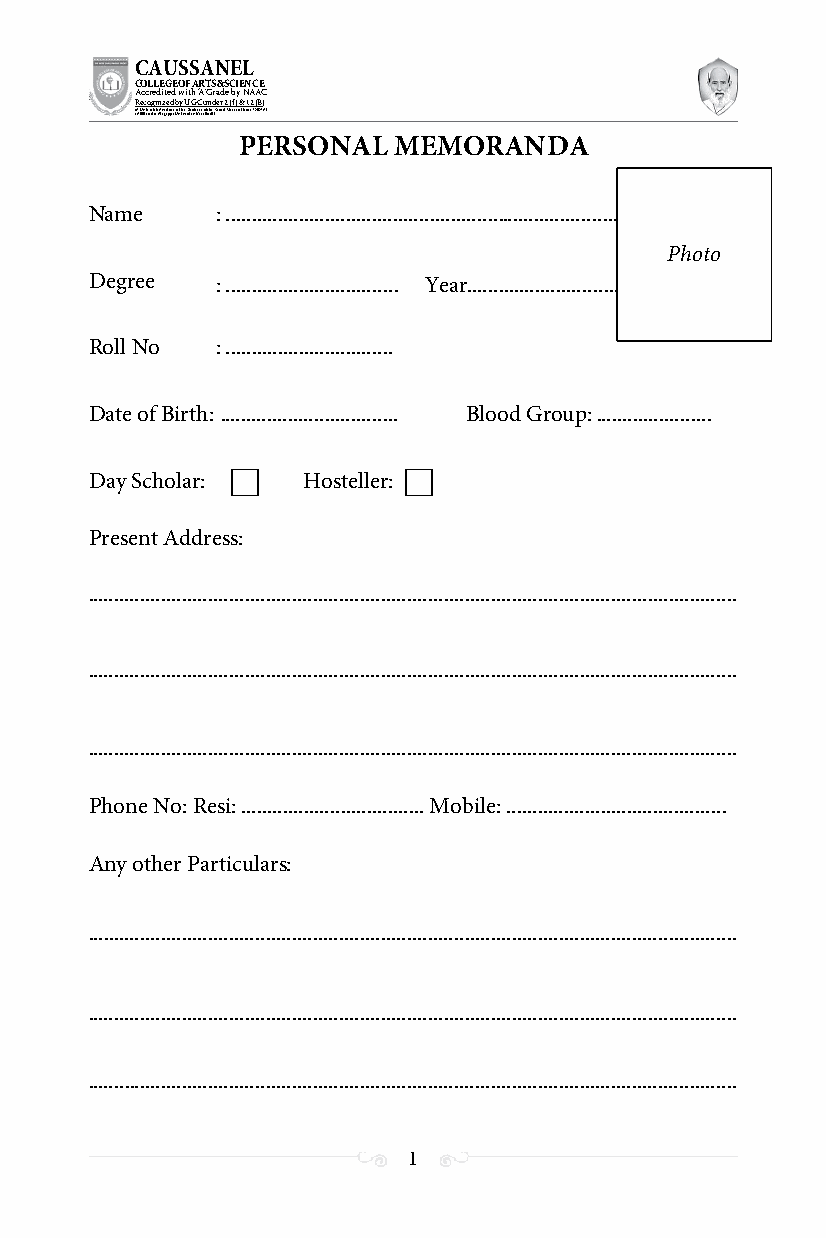
CAUSSANEL
 COLLEGE OF ARTS & SCIENCE
 Accredited with ‘A’ Grade by NAAC
 Recognized by UGC under 2 (f) & 12 (B)
 ((AA fUfilniaitt eodf ttoh eA Ilnasgtaitpuptae oUfn tihvee rBsirtoy,t hKerasr aoifk uthdei )S acred Heart of Jesus, INDIA)
 PERSONAL  MEMORANDA
 Name    : ...........................................................................
 Ph o t o
 Degree  : ................................. Year.............................
 Roll No : ................................
 Date of Birth: .................................. Blood Group: ......................
 Day Scholar:  Hosteller:
 Present Address:
 ............................................................................................................................
 ............................................................................................................................
 ............................................................................................................................
 Phone No: Resi: ................................... Mobile: ..........................................
 Any other Particulars:
 ............................................................................................................................
 ............................................................................................................................
 ............................................................................................................................
 1